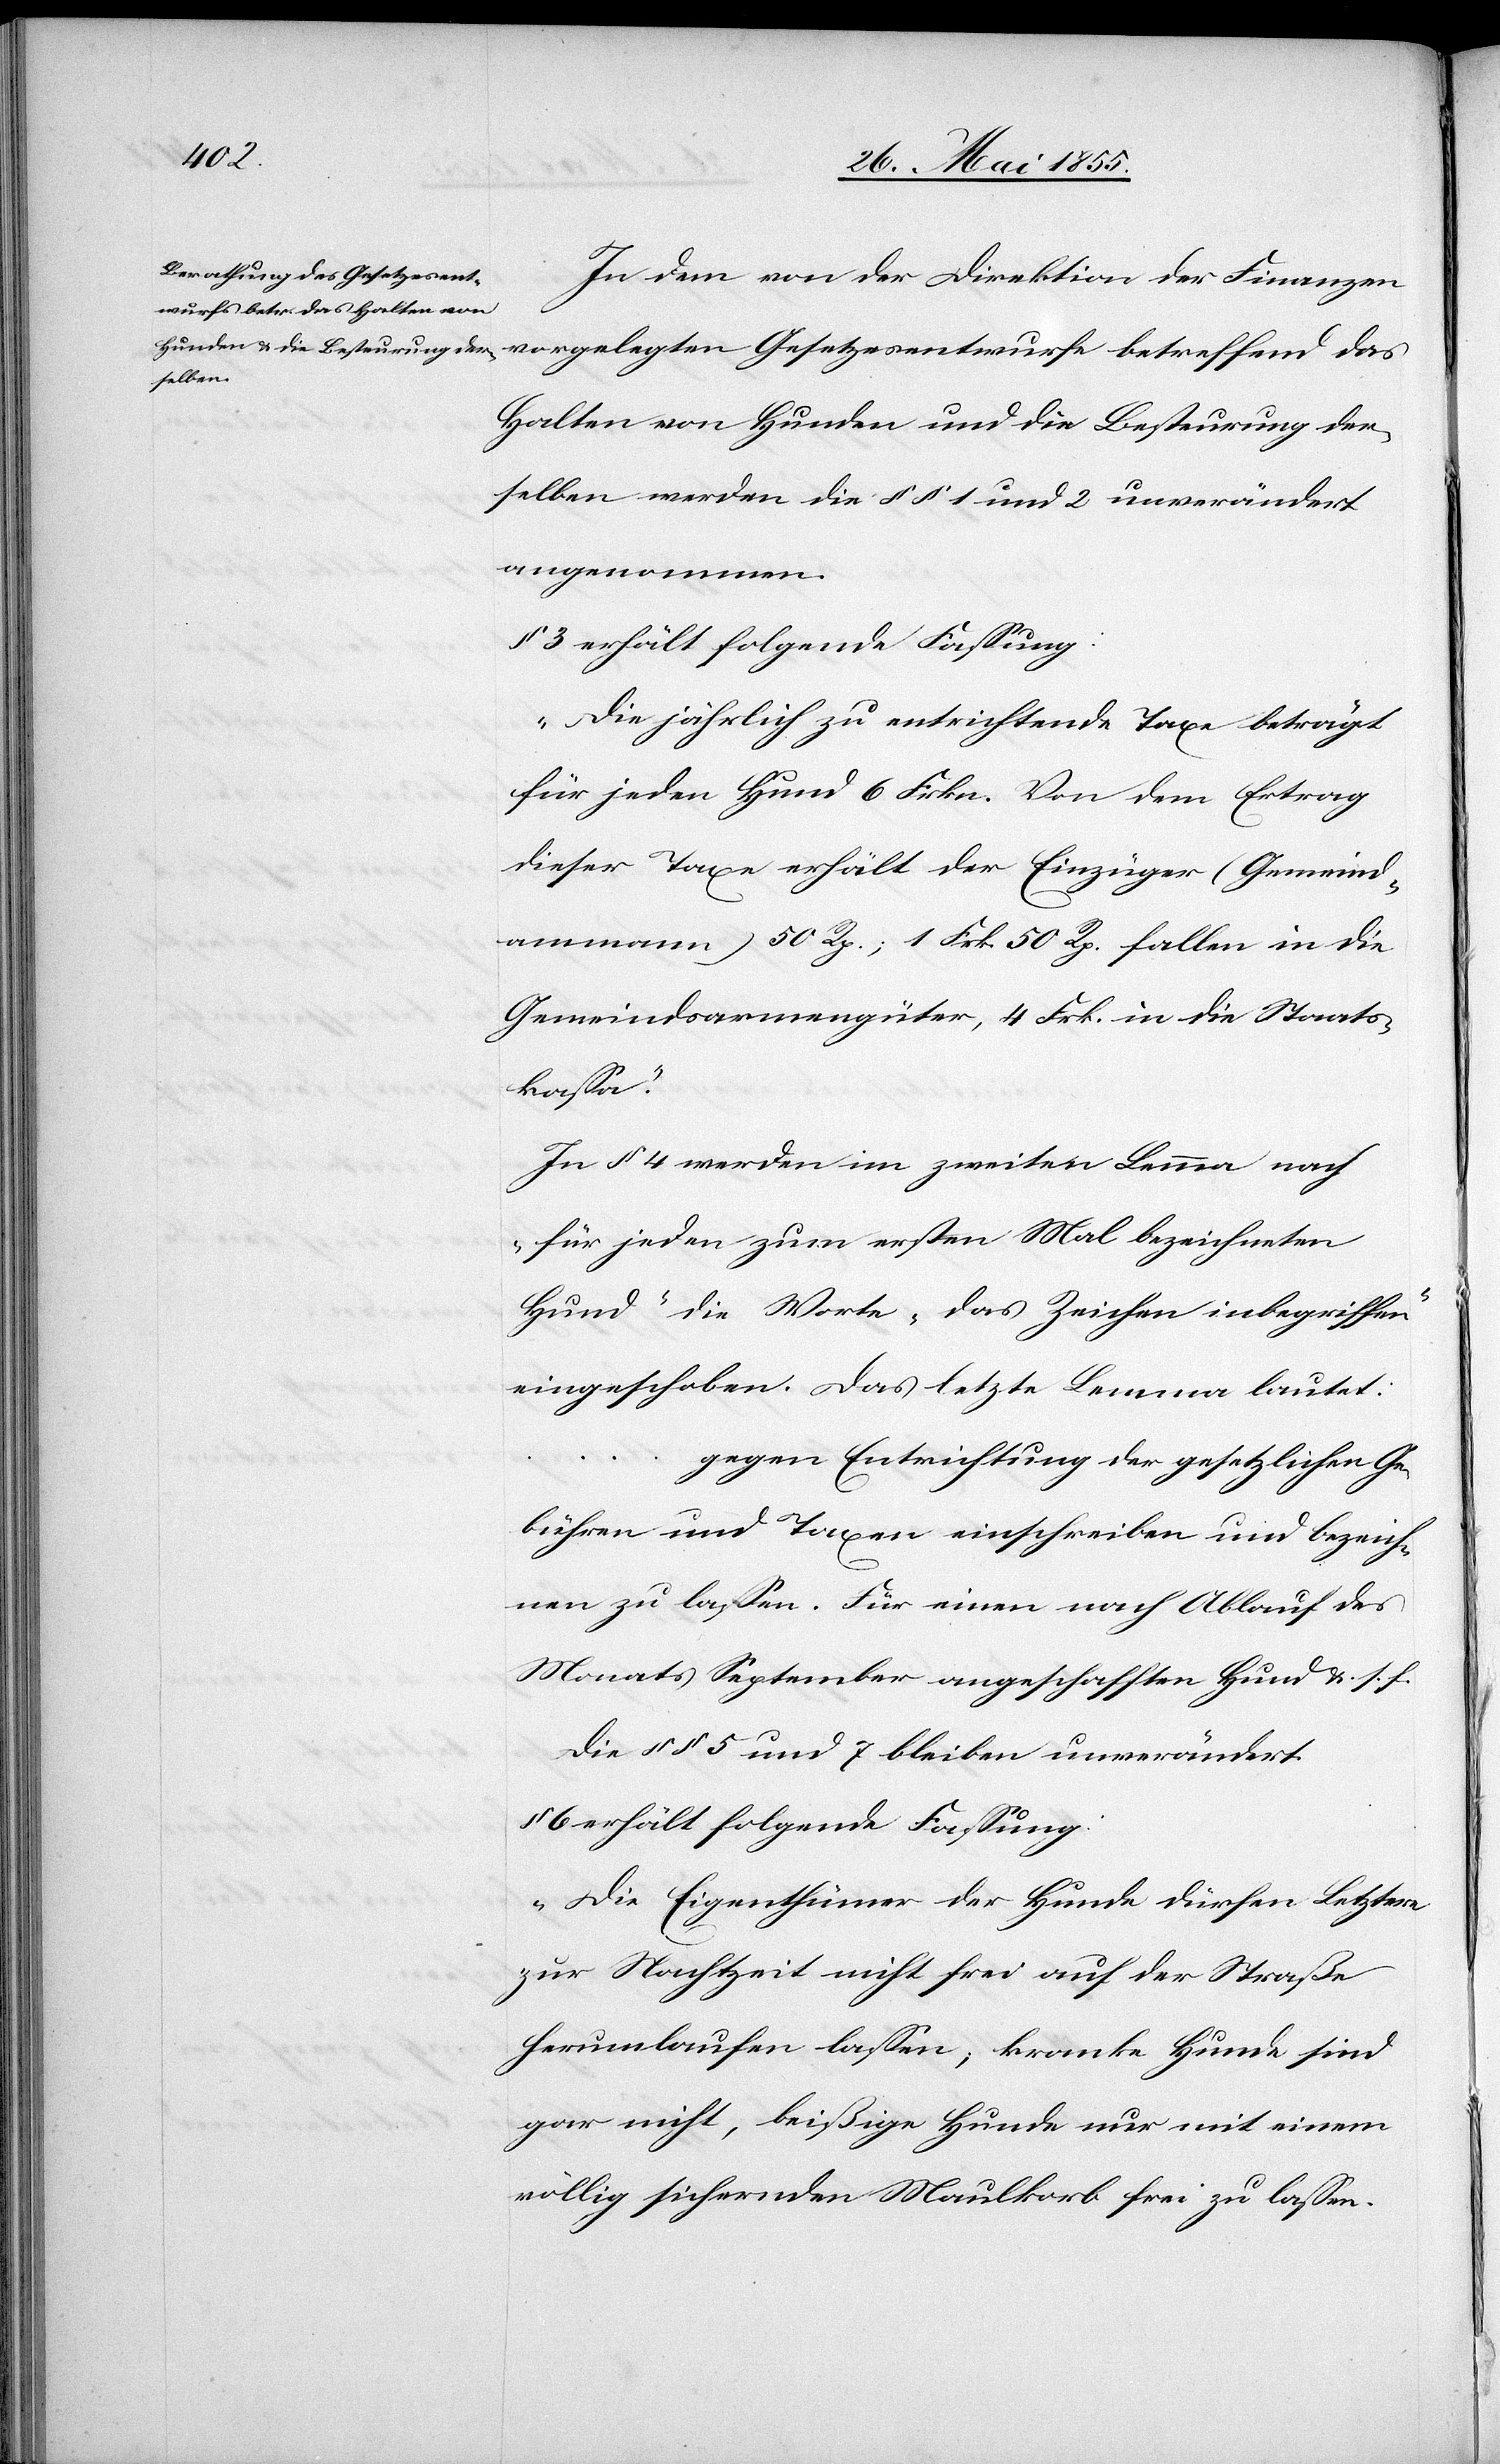
In dem von der Direktion der Finanzen
Halten von Hunden und die Besteurung der¬
selben werden die §§ 1 und 2 unverändert
angenommen.
§ 3 erhält folgende Fassung:
„Die jährlich zu entrichtende Taxe beträgt
für jeden Hund 6 Frkn. Von dem Ertrag
dieser Taxe erhält der Einzüger (Gemeind¬
ammann) 50 Rp.; 1 Frk. 50 Rp. fallen in die
Gemeindsarmengüter, 4 Frk. in die Staats¬
kassa.“
In § 4 werden im zweiten Lemma nach
„für jeden zum ersten Mal bezeichneten
Hund“ die Worte „das Zeichen inbegriffen“
eingeschoben. Das letzte Lemma lautet:
gegen Entrichtung der gesetzlichen Ge¬
bühren und Taxen einschreiben und bezeich¬
nen zu lassen. Für einen nach Ablauf des
Monats September angeschafften Hund &. s. f.
Die §§ 5 und 7 bleiben unverändert.
§ 6 erhält folgende Fassung:
„Die Eigenthümer der Hunde dürfen Letztere
zur Nachtzeit nicht frei auf der Straße
herumlaufen lassen; kranke Hunde sind
gar nicht, beißige Hunde nur mit einem
völlig sichernden Maulkorb frei zu lassen.